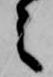
之